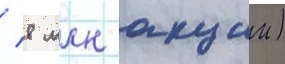
/ 8 млн акции)